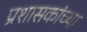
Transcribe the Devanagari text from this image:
प्रशासकांच्या